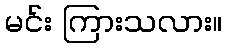
မင်း ကြားသလား။